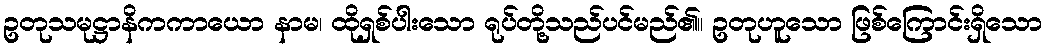
ဥတုသမုဋ္ဌာနိကကာယော နာမ၊ ထိုရှစ်ပါးသော ရုပ်တို့သည်ပင်မည်၏။ ဥတုဟူသော ဖြစ်ကြောင်းရှိသော